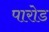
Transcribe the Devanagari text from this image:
पारोड